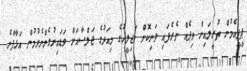
ޕީޕީއެމުން ތުރީލައިން ވިޕެއް ނެރެފައި ވަނިކޮށް މަޖިލީހުގެ މިއަދުގެ ޖަލްސާއަށް ވަޑައިނުގެންނެވުމުން އަޅާފާނެ